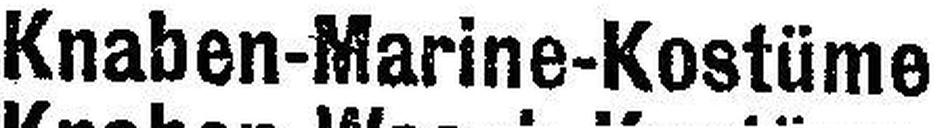
Knaben-Marine-Kostüme